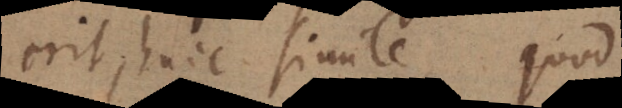
erit, huic simile, quod